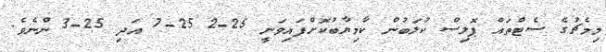
މިމެޗުގެ ސެޓްތައް ޕޮލިސް ކުލަބުން ކާމިޔާބުކޮށްފައިވަނީ 25-2 25-7 އަދި 25-3 ންނެވެ.